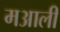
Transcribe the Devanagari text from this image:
मआली